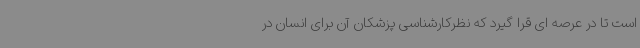
است تا در عرصه ای قرا گیرد که نظرکارشناسی پزشکان آن برای انسان در